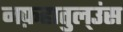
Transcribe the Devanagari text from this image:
नफ़हातुल्उंस